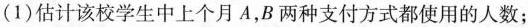
(1)估计该校学生中上个月A，B两种支付方式都使用的人数；